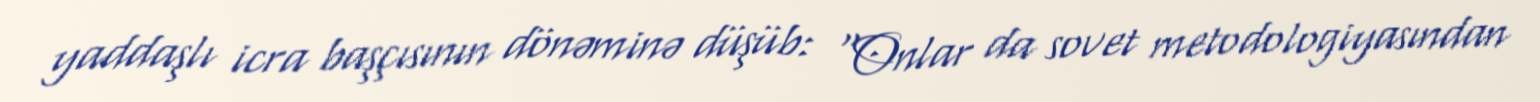
yaddaşlı icra başçısının dönəminə düşüb: “Onlar da sovet metodologiyasından